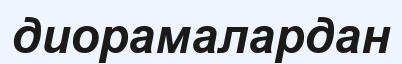
диорамалардан